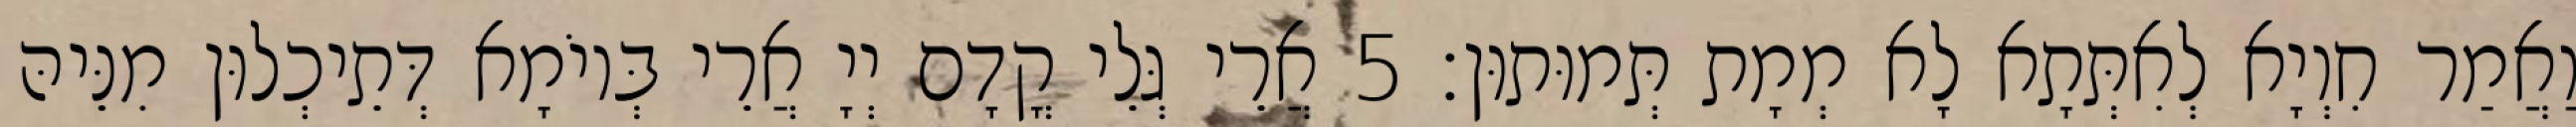
וַאֲמַר חִוְיָא לְאִתְּתָא לָא מְמָת תְּמוּתוּן׃ 5 אֲרֵי גְּלֵי קֳדָם יְיָ אֲרֵי בְּיוֹמָא דְּתֵיכְלוּן מִנֵּיהּ